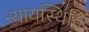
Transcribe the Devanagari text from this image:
न्यायस्थिति